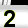
Digit: 2